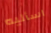
اسأليه